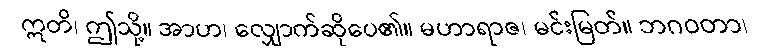
ဣတိ၊ ဤသို့။ အာဟ၊ လျှောက်ဆိုပေ၏။ မဟာရာဇ၊ မင်းမြတ်။ ဘဂဝတာ၊